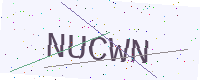
Text: NUCWN